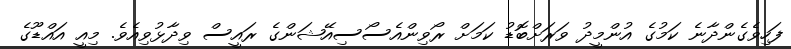
ފަހިވެގެންދާނެ ކަމުގެ އުންމީދު ވަރަށްބޮޑު ކަމަށް ރޯވިންއެސޯސިއޭޝަންގެ ރައީސް ވިދާޅުވިއެވެ. މިއީ އައްޑޫގެ